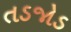
તડજોડ